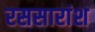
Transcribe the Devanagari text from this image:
रससारांश